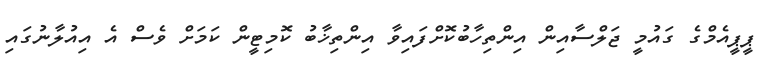
ޕީޕީއެމްގެ ގައުމީ ޖަލްސާއިން އިންތިހާބުކޮށްފައިވާ އިންތިޚާބު ކޮމިޓީން ކަމަށް ވެސް އެ އިއުލާނުގައި